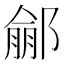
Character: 𨝙